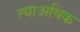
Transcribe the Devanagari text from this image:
त्याअधिक